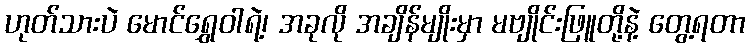
ဟုတ်သားပဲ မောင်ရွှေဝါရဲ့၊ အခုလို အချိန်မျိုးမှာ မဗျိုင်းဖြူတို့နဲ့ တွေ့ရတာ